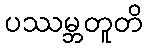
ပဿမ္ဘတူတိ